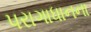
પરાગાધાનના